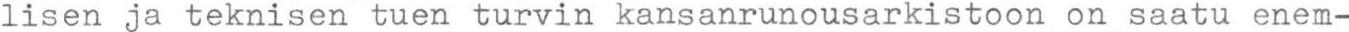
lisen ja teknisen tuen turvin kansanrunousarkistoon on saatu enem-